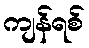
ကျန်ရစ်